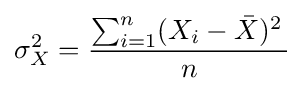
\sigma _{X}^{2}={\frac {\sum _{i=1}^{n}(X_{i}-{\bar {X}})^{2}\,{}}{n}}